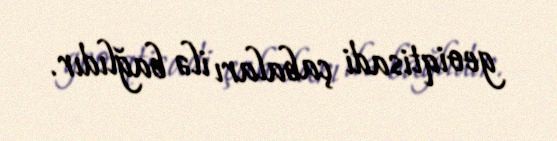
geoiqtisadi çabaları ilə bağlıdır.